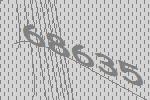
68635